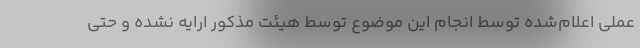
عملی اعلام‌شده توسط انجام این موضوع توسط هیئت مذکور ارایه نشده و حتی